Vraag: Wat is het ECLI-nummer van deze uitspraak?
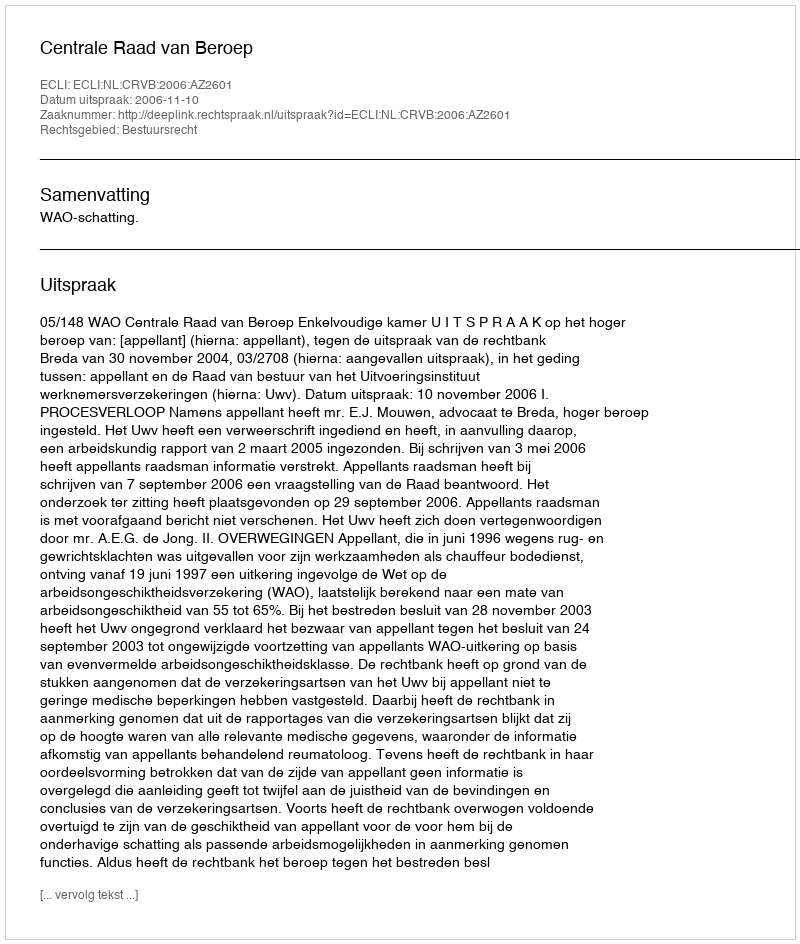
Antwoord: ECLI:NL:CRVB:2006:AZ2601